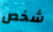
شخص